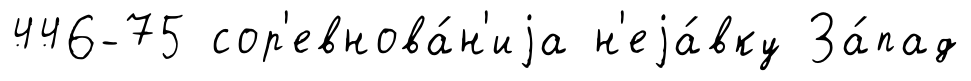
446-75 сор'евнова́н'иjа н'еjа́вку За́пад